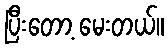
ပြီးတော့ မေးတယ်။